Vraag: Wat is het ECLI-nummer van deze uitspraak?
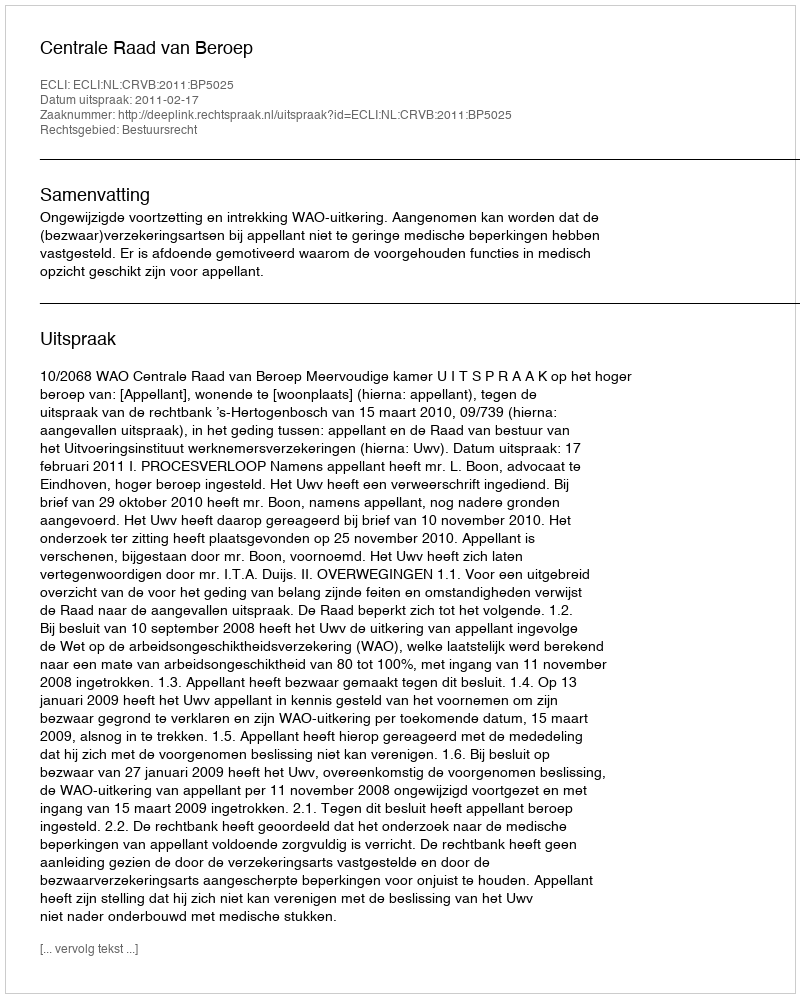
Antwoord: ECLI:NL:CRVB:2011:BP5025